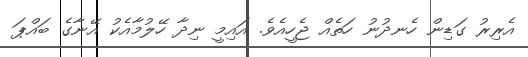
އެރިރު ގަޑިން ހެނދުނު ހަތެއް ޖެހީއެވެ. އައިމީ ނިދާ ހޭލުމާއެކު އޭނާގެ ބައްޕަ